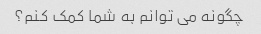
چگونه می توانم به شما کمک کنم؟